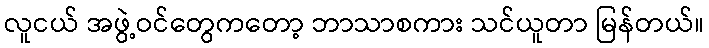
လူငယ် အဖွဲ့ဝင်တွေကတော့ ဘာသာစကား သင်ယူတာ မြန်တယ်။